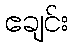
ဧချင်း